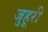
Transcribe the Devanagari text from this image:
जुहूरी